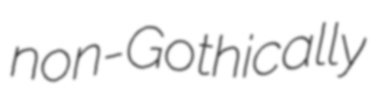
non-Gothically